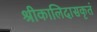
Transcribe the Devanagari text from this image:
श्रीकालिदासकृतं